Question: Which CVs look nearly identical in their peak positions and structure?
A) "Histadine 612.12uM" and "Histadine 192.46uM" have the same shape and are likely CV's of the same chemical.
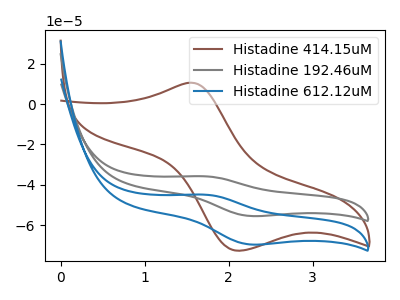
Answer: <think>The brown curve "Histadine 414.15uM" has an anodic peak at (1.55V, 10.60uA) and a cathodic peak at (2.15V, -72.70uA). The gray curve "Histadine 192.46uM" has an anodic peak at (1.70V, -35.80uA) and a cathodic peak at (2.25V, -55.45uA). The blue curve "Histadine 612.12uM" has an anodic peak at (1.70V, -44.90uA) and a cathodic peak at (2.25V, -69.60uA).
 "Histadine 414.15uM" and "Histadine 192.46uM" have at least one peak that do not match. "Histadine 414.15uM" and "Histadine 612.12uM" have at least one peak that do not match. All the peaks in "Histadine 192.46uM" have a peak in "Histadine 612.12uM" at the same potential.</think>
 <answer>A) "Histadine 612.12uM" and "Histadine 192.46uM" have the same shape and are likely CV's of the same chemical.</answer>
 <eval>A</eval>